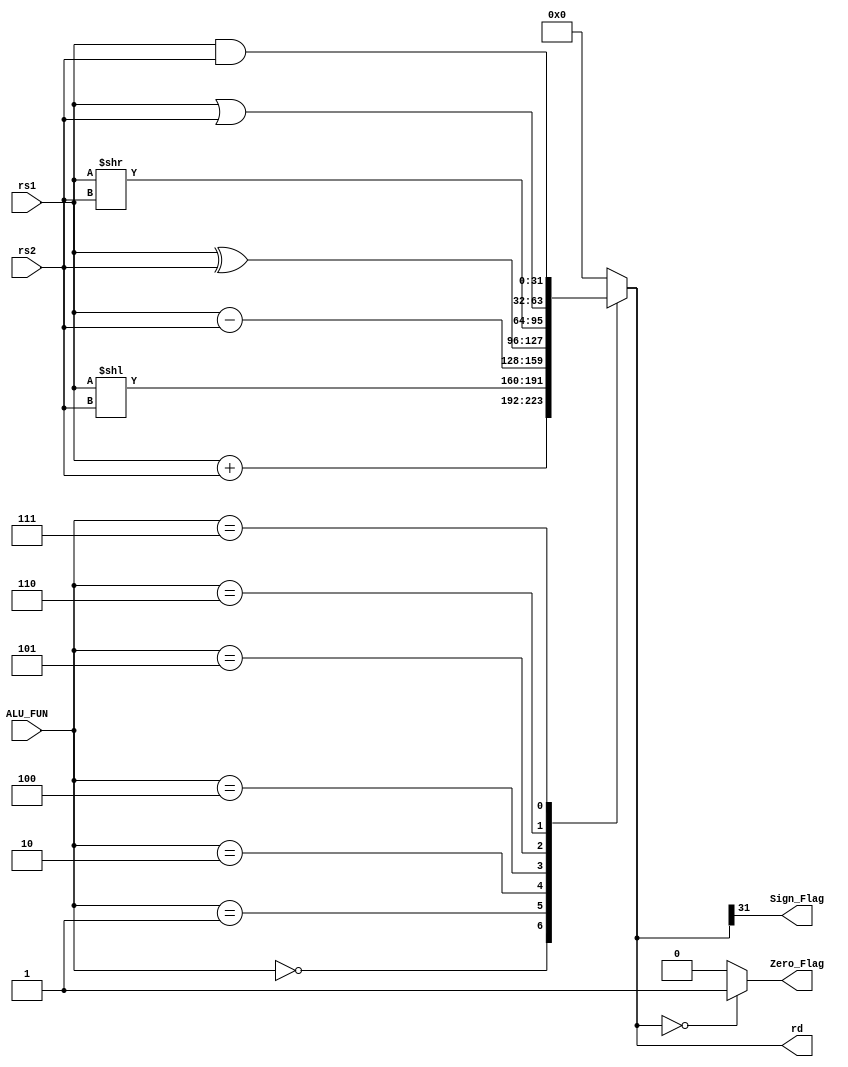
module ALU #(parameter DATA_WIDTH=32, CONTROL_WIDTH=3)(
input  wire  [DATA_WIDTH-1:0] rs1,
input  wire  [DATA_WIDTH-1:0] rs2,
input  wire  [CONTROL_WIDTH-1:0] ALU_FUN,
output reg   [DATA_WIDTH-1:0] rd,
output wire Zero_Flag,
output wire Sign_Flag);
always @(*)
	begin
		case(ALU_FUN)
		'b000:begin
		      rd=rs1+rs2;
		     end	
		'b001:begin
		     rd=rs1<<rs2;
		     end
		'b010:begin
		     rd=rs1-rs2;
		     end
		'b100:begin
			rd=rs1^rs2;
		     end
		'b101:begin
		      rd=rs1>>rs2;
		     end 
		'b110:begin
		      rd=rs1|rs2;
                     end
		'b111:begin
		       rd=rs1&rs2;
                     end
		 default:begin
			 rd='b0;
			 end 
	endcase
        end

assign Zero_Flag= !rd ? 1'b1 : 1'b0;
assign Sign_Flag=  rd[31];
endmodule